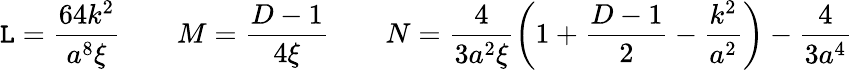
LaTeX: \mathtt{L}=\frac{{64k^{2}}}{{a^{8}\xi}}\ \ \ \ \ \ \ \ M=\frac{{D-1}}{{4\xi}}\ \ \ \ \ \ \ \ N=\frac{{4}}{{3a^{2}\xi}}\left(1+\frac{{D-1}}{{2}}-\frac{{k^{2}}}{{a^{2}}}\right)-\frac{{4}}{{3a^{4}}}